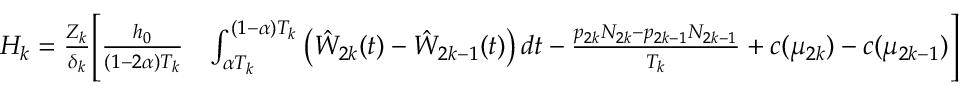
\begin{array} { r l } { H _ { k } = \frac { Z _ { k } } { \delta _ { k } } \Bigg [ \frac { h _ { 0 } } { ( 1 - 2 \alpha ) T _ { k } } } & { \int _ { \alpha T _ { k } } ^ { ( 1 - \alpha ) T _ { k } } \left( \hat { W } _ { 2 k } ( t ) - \hat { W } _ { 2 k - 1 } ( t ) \right) d t - \frac { p _ { 2 k } N _ { 2 k } - p _ { 2 k - 1 } N _ { 2 k - 1 } } { T _ { k } } + c ( \mu _ { 2 k } ) - c ( \mu _ { 2 k - 1 } ) \Bigg ] } \end{array}